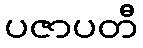
ပဇာပတီ